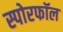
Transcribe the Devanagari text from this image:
स्पोरफॉल